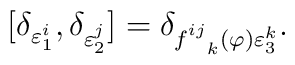
\lbrack \delta _{\varepsilon _{1}^{i}},\delta _{\varepsilon_{2}^{j}}]=\delta _{f_{\ \ k}^{ij}(\varphi )\varepsilon _{3}^{k}}.